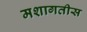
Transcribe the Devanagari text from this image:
मशागतीस